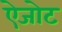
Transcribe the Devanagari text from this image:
ऐजोट